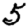
Digit: 5